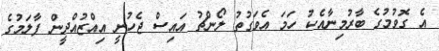
އެ ގޮވުމުގެ ބާރުމިނާއެކު ހަމަ އެވަގުތު ލޯންޗު އައިސް ޖެހުނީ އިއްޒުއްދީން ފާލަމުގެ